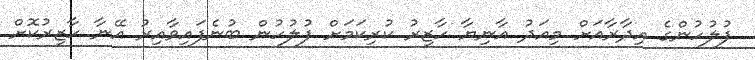
ފުލުހުންގެ އިދާރާއަށް މިއަދު އާނިޔާ ހާޒިރު ކުރިކަމަށް ފުލުހުން ބުނެފައިވާއިރު އޭނާ ހާޒިރުކޮށް